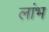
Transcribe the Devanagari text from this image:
लांभ